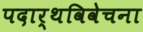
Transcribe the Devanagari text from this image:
पदार्थविवेचना